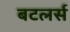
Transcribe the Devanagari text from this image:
बटलर्स